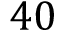
4 0